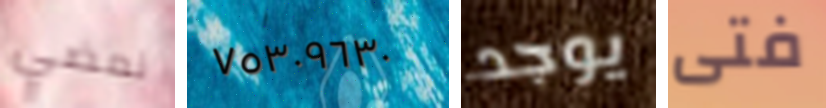
نمضي ٧٥٣٠٩٦٣٠ يوجد فتى